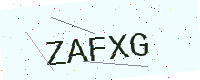
Text: ZAFXG